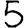
Digit: 5